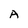
Character: A